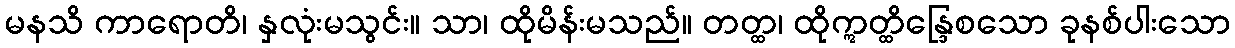
မနသိ ကာရောတိ၊ နှလုံးမသွင်း။ သာ၊ ထိုမိန်းမသည်။ တတ္ထ၊ ထိုဣတ္ထိန္ဒြေစသော ခုနစ်ပါးသော